Civil Veterinary Dept. North-West Frontier Province 1901-22 - 1901-1922
Year: 1901
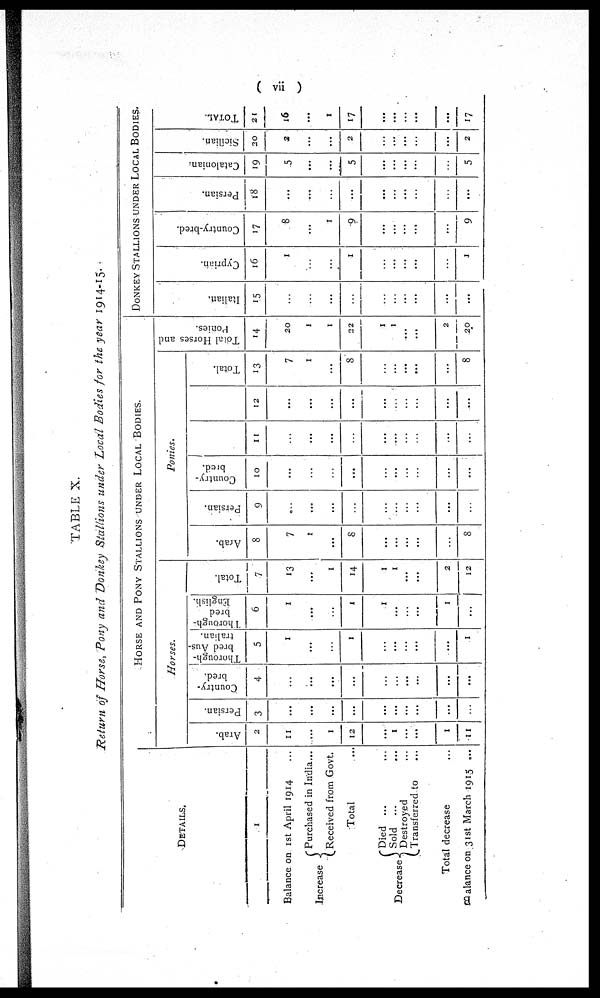
(vii)
TABLE X.
Return of Horse, Pony and Donkey Stallions under Local Bodies for the year 1914-15. .
DETAILS.
1
Balance on 1st April 1914 ...
Increase
Decrease
Purchased in India ...
Received from Govt.
Total
Died ... ...
Sold ... ...
Destroyed ...
Transferred to ...
Total decrease …
Balance on 31st March 1915 ...
HORSE AND PONY STALLIONS UNDER LOCAL BODIES.
Horses.
Arab.
2
11
…
1
12
…
1
...
...
1
11
Persian.
3
...
…
...
...
…
...
...
...
...
…
Country-
bred.
4
…
…
...
...
…
…
...
...
...
...
Thorough-
bred Aus-
tralian.
5
1
...
…
1
…
...
…
...
...
1
Thorough-
bred
English.
6
1
…
...
1
1
...
...
1
…
Total.
7
13
…
1
14
1
1
...
...
2
12
Ponies.
Arab.
8
7
1
...
8
…
...
...
...
…
8
Persian.
9
...
…
...
...
…
…
…
...
...
...
Country-
bred.
10
...
…
…
...
…
...
…
...
…
11
…
...
…
...
...
…
…
…
12
...
…
...
...
…
…
...
...
...
…
Total.
13
1
1
...
8
…
...
...
...
...
8
Total
Horses and
Ponies.
14
20
1
1
22
1
1
...
...
2
20
DONKEY STALLIONS UNDER LOCAL BODIES.
Italian.
15
…
…
...
…
...
...
...
...
...
Cypr i
an.
16
1
…
...
1
…
...
...
...
…
1
Country-bred.
17
8
…
1
9
…
...
...
...
...
9
Per s i
an.
18
...
…
…
...
…
...
...
...
…
...
Catalonian.
19
5
…
....
5
…
...
...
...
…
5
Si ci l i an.
20
2
…
...
2
…
...
...
...
...
2
TOTAL.
21
16
...
1
17
…
...
...
...
...
17